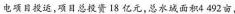
电项目投运，项目总投资18亿元，总水城面积4492亩，